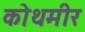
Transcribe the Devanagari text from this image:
कोथमीर